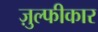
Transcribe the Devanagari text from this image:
ज़ुल्फीकार